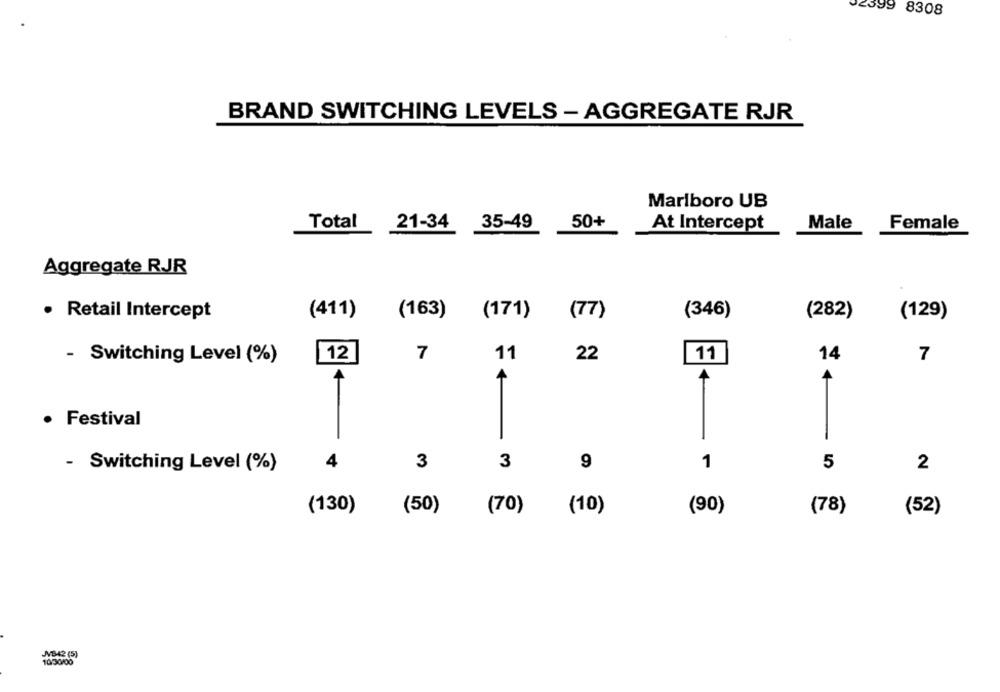
02399 8308
BRAND SWITCHING LEVELS - AGGREGATE RJR
Marlboro UB
21-34 35-49
50+
At Intercept
Male
Female
Total
Aggregate RJR
· Retail Intercept
(411)
(163)
(171)
(77)
(346)
(282)
(129)
- Switching Level (%)
12
7
11
22
11
14
7
· Festival
-
4
3
3
9
5
2
- Switching Level (%)
1
(50)
(70)
(10)
(90)
(78)
(52)
(130)
JVB42 (5)
10/30/00